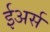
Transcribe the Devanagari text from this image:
ईअर्स